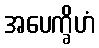
အပေက္ခိဟံ